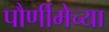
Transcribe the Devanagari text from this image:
पौर्णीमेच्या